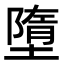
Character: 墮